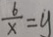
\frac { 6 } { x } = y